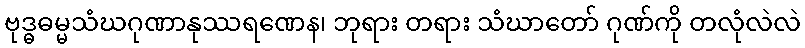
ဗုဒ္ဓဓမ္မသံဃဂုဏာနုဿရဏေန၊ ဘုရား တရား သံဃာတော် ဂုဏ်ကို တလုံလဲလဲ